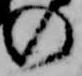
の